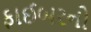
ફાઈબરનો